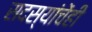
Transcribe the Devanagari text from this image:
सदस्यांचेंही